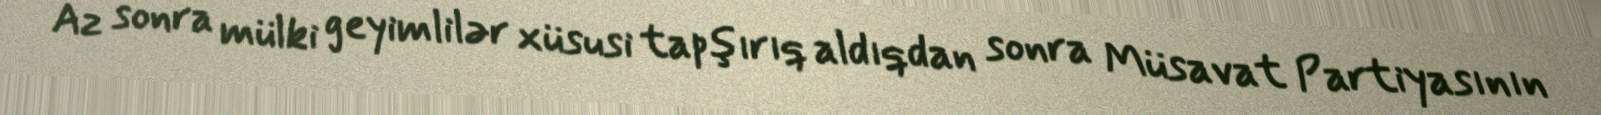
Az sonra mülki geyimlilər xüsusi tapşırıq aldıqdan sonra Müsavat Partiyasının